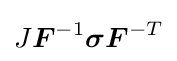
J{\boldsymbol {F}}^{-1}{\boldsymbol {\sigma }}{\boldsymbol {F}}^{-T}